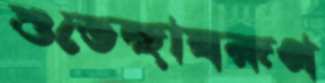
শুভেচ্ছাস্বরূপ